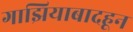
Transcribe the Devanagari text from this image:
गाझियाबादहून